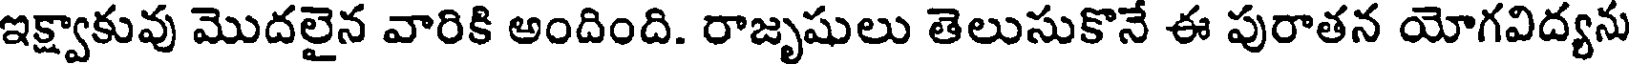
ఇక్ష్వాకువు మొదలైన వారికి అందింది. రాజృషులు తెలుసుకొనే ఈ పురాతన యోగవిద్యను